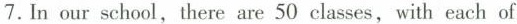
7.In our school,there are 50 classes, with each of